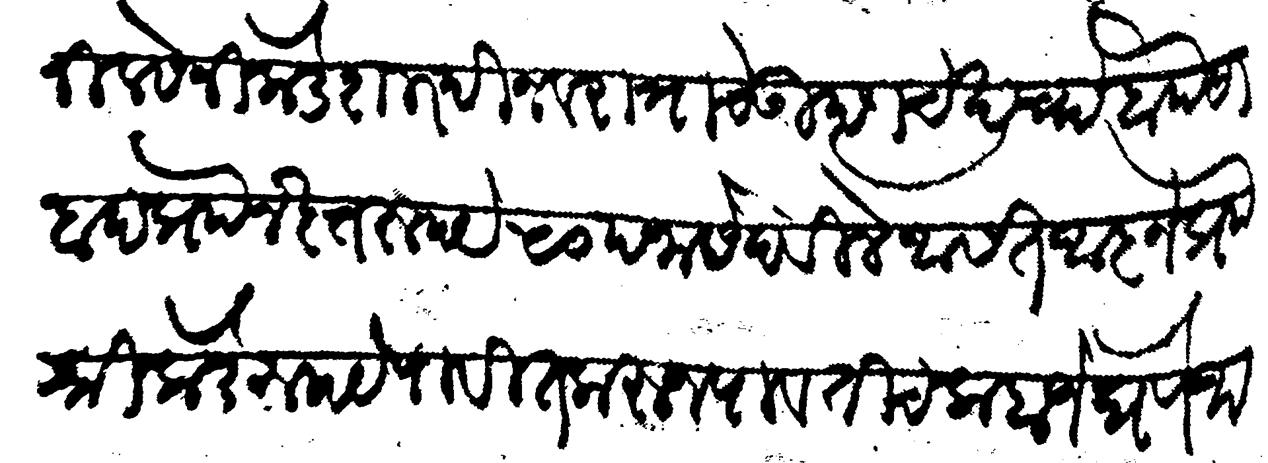
Transliteration (Devanagari): नीवासेनीकडे शारदी नवरात्राचे उत्छाचे खर्चा बाो पैसाा बादप्राो नकत रुपये ५० पन्नास देवीले असत आज्ञेप्राो श्रीकडे रुपये पावीत करून पावतीच कबजे घेणे जाणीजे राा छ ३० माहे मोहरम